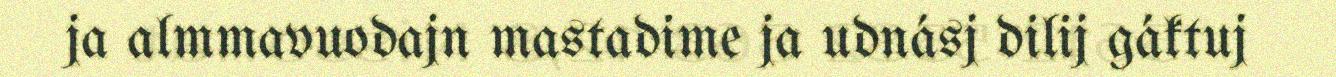
ja almmavuodajn mastadime ja udnásj dilij gáktuj